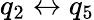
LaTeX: q_{2}\leftrightarrow q_{5}